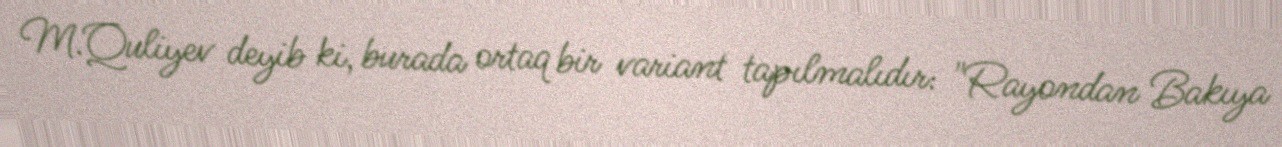
M.Quliyev deyib ki, burada ortaq bir variant tapılmalıdır: "Rayondan Bakıya